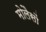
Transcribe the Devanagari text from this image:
मोलैसों